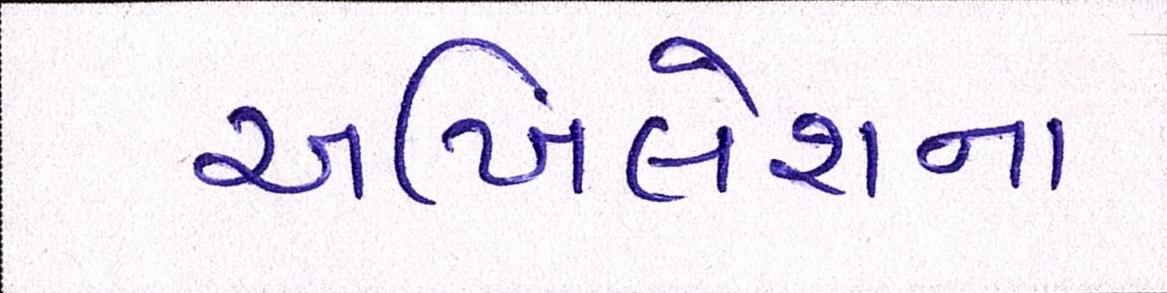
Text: અખિલેશના